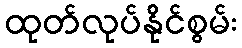
ထုတ်လုပ်နိုင်စွမ်း